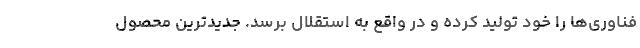
فناوری‌ها را خود تولید کرده و در واقع به استقلال برسد. جدیدترین محصول